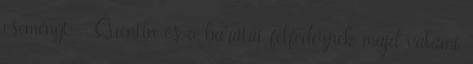
eseményt - Quentin és a barátai felfedeznek majd valami